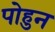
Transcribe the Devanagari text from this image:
पोहुन